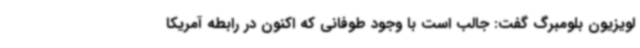
لویزیون بلومبرگ گفت: جالب است با وجود طوفانی که اکنون در رابطه آمریکا